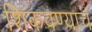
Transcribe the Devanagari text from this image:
शिकवण्याचं